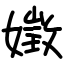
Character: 嬍